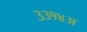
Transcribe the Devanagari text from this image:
३३१४अ